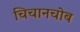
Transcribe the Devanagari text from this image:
चिचानचोब